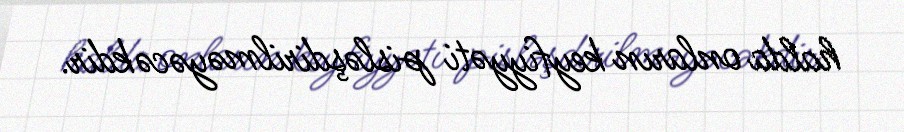
halda onların keyfiyyəti pisləşdirilməyəcəkdir.